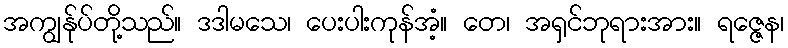
အကျွန်ုပ်တို့သည်။ ဒဒါမသေ၊ ပေးပါးကုန်အံ့။ တေ၊ အရှင်ဘုရားအား။ ရဇ္ဇေန၊